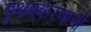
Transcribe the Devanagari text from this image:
पृथक्करणाची